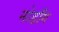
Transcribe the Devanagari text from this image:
नोडाँग